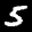
Label: 5